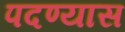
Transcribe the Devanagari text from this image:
पदण्यास